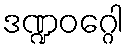
ဒဏ္ဍဝဂ္ဂေါ